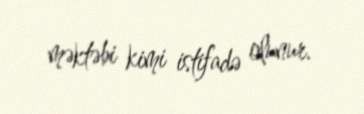
məktəbi kimi istifadə olunur.